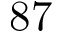
8 7